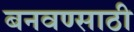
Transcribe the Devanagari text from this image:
बनवण्साठी